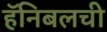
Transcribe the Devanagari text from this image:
हॅनिबलची